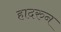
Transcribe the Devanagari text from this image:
हादरुन